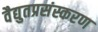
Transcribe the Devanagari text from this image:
वैद्युतप्रसंस्करण